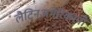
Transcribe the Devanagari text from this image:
लैटिनअमेरिकानो